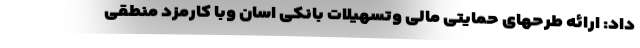
داد: ارائه طرحهای حمایتی مالی وتسهیلات بانکی اسان وبا کارمزد منطقی